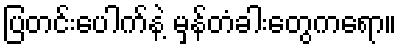
ပြတင်းပေါက်နဲ့ မှန်တံခါးတွေကရော။